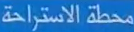
محطة الاستراحة